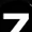
Digit: 7